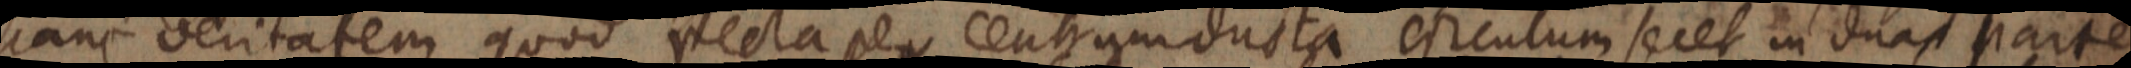
hanc veritatem quod recta per centrum ducta et circulum secet in duas parte